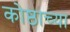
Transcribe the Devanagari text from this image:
कोष्ठाच्या